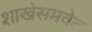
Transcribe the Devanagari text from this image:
शाखेसमवेत